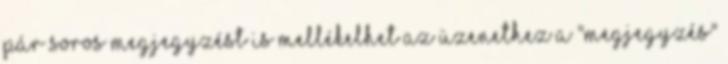
Pár soros megjegyzést is mellékelhet az üzenethez a "Megjegyzés"